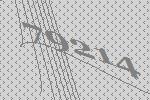
79214